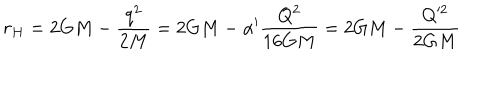
LaTeX: r _ { H } = 2 G M - \frac { q ^ { 2 } } { 2 M } = 2 G M - \alpha ^ { \prime } \frac { Q ^ { 2 } } { 1 6 G M } = 2 G M - \frac { Q ^ { 2 } } { 2 G M }